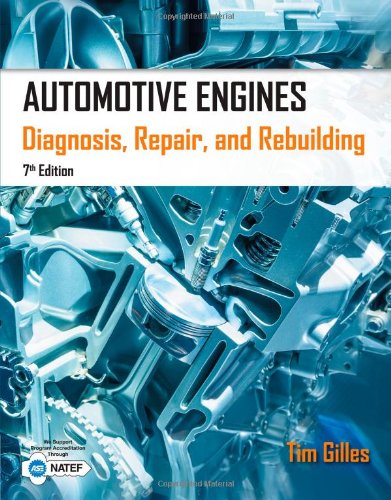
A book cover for Automotive Engines: Diagnosis, Repair, Rebuilding; Tim Gilles; Engineering & Transportation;